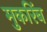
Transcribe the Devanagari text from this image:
मुकरिंब